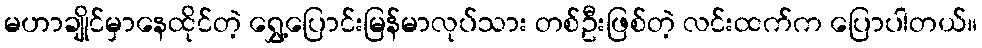
မဟာချိုင်မှာနေထိုင်တဲ့ ရွှေ့ပြောင်းမြန်မာလုပ်သား တစ်ဦးဖြစ်တဲ့ လင်းထက်က ပြောပါတယ်။